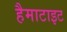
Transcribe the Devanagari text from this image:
हैमाटाइट